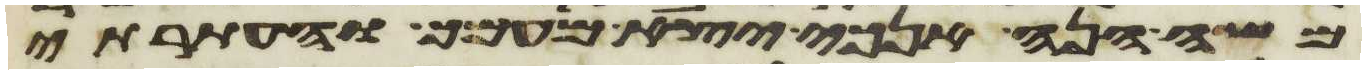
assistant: משה הנה אנכי יצא מעמך והעתרתי